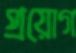
প্রয়োগ